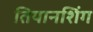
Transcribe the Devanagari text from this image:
तियानशिंग